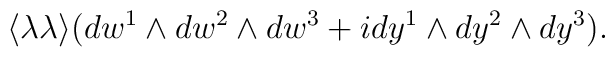
\langle \lambda \lambda \rangle (dw^1 \wedge dw^2 \wedge dw^3+ i  dy^1 \wedge dy^2 \wedge dy^3).